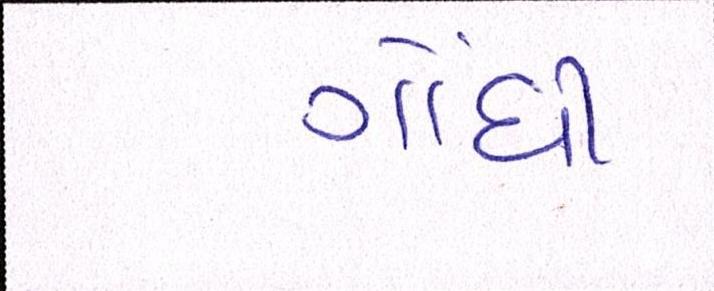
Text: ગોંધી